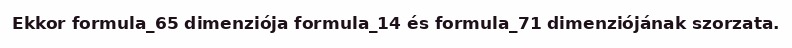
Ekkor formula_65 dimenziója formula_14 és formula_71 dimenziójának szorzata.